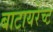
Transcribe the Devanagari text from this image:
बाटायरेच्ट